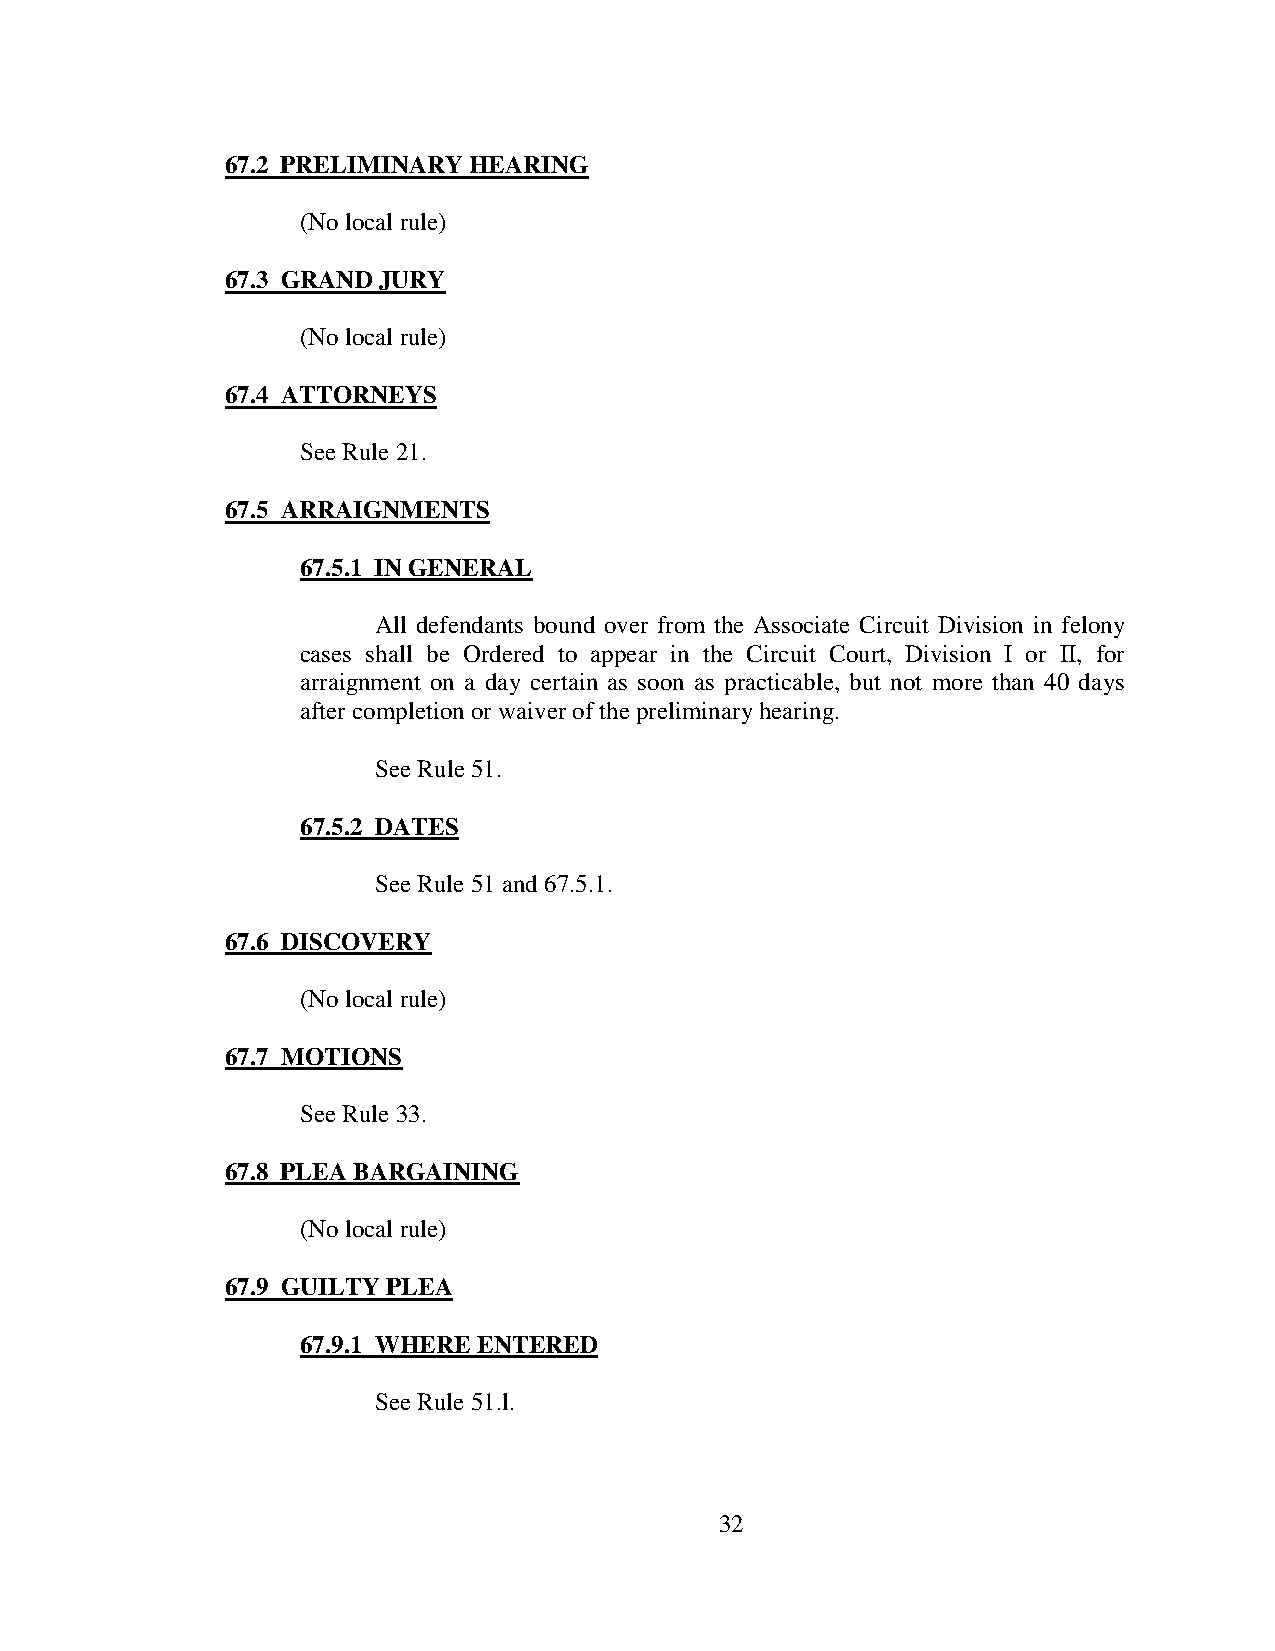
67.2 PRELIMINARY HEARING
 (No local rule)
 67.3 GRAND JURY
 (No local rule)
 67.4 ATTORNEYS
 See Rule 21.
 67.5 ARRAIGNMENTS
 67.5.1 IN GENERAL
 All defendants bound over from the Associate Circuit Division in felony
 cases shall be Ordered to appear in the Circuit Court, Division I or II, for
 arraignment on a day certain as soon as practicable, but not more than 40 days
 after completion or waiver of the preliminary hearing.
 See Rule 51.
 67.5.2 DATES
 See Rule 51 and 67.5.1.
 67.6 DISCOVERY
 (No local rule)
 67.7 MOTIONS
 See Rule 33.
 67.8 PLEA BARGAINING
 (No local rule)
 67.9 GUILTY PLEA
 67.9.1 WHERE ENTERED
 See Rule 51.l.
 32